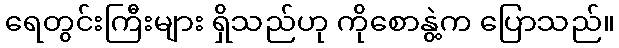
ရေတွင်းကြီးများ ရှိသည်ဟု ကိုစောနွဲ့က ပြောသည်။